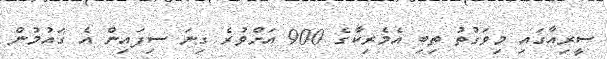
ސީރިއާގައި މިވަގުތު ތިބި އެމެރިކާގެ 900 އަށްވުރެ ގިނަ ސިފައިން އެ ގައުމުން